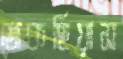
জেকহিয়াস